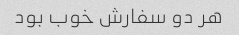
هر دو سفارش خوب بود